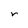
Character: r